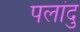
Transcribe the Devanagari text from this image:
पलांदु